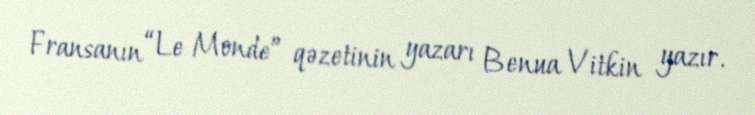
Fransanın “Le Monde” qəzetinin yazarı Benua Vitkin yazır.